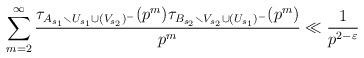
LaTeX: \begin{align*}\sum_{m=2}^{\infty} \frac{\tau_{A_{s_1}\smallsetminus U_{s_1} \cup (V_{s_2})^{-}} (p^{m}) \tau_{B_{s_2}\smallsetminus V_{s_2} \cup (U_{s_1})^{-} } (p^{m}) }{p^{m}} \ll \frac{1}{p^{2-\varepsilon}}\end{align*}